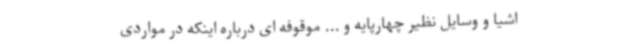
اشیا و وسایل نظیر چهارپایه و ... موقوفه ای درباره اینکه در مواردی